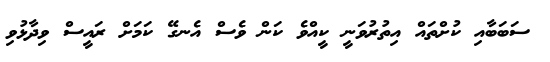
ސަބަބާއި ކުށްތައް އިތުރުވަނީ ކީއްވެ ކަން ވެސް އެނގޭ ކަމަށް ރައީސް ވިދާޅުވި